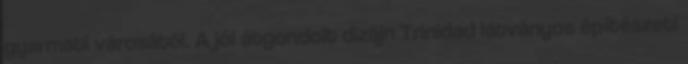
gyarmati városától. A jól átgondolt dizájn Trinidad látványos építészeti